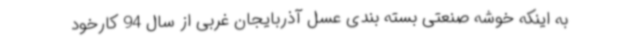
به اینکه خوشه صنعتی بسته بندی عسل آذربایجان غربی از سال 94 کارخود